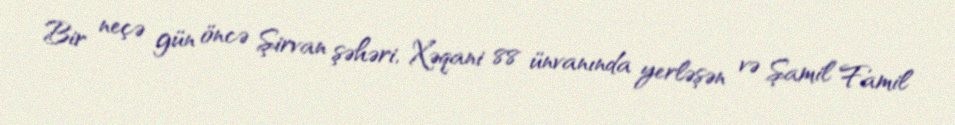
Bir neçə gün öncə Şirvan şəhəri, Xəqani 88 ünvanında yerləşən və Şamil Famil